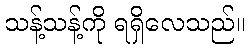
သန့်သန့်ကို ရရှိလေသည်။